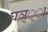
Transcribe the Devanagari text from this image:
घञ््‌ा